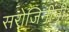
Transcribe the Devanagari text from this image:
सरोजिनींनी